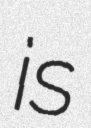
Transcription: is